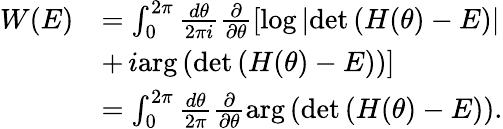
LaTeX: \begin{array}{rl}{W(E)}&{=\int_{0}^{2\pi}\frac{d\theta}{2\pi i}\frac{\partial}{\partial\theta}\left[\log\left|\operatorname*{det}\left(H(\theta)-E\right)\right|\right.}\\ &{+\left.i\mathrm{arg}\left(\operatorname*{det}\left(H(\theta)-E\right)\right)\right]}\\ &{=\int_{0}^{2\pi}\frac{d\theta}{2\pi}\frac{\partial}{\partial\theta}\mathrm{arg}\left(\operatorname*{det}\left(H(\theta)-E\right)\right).}\end{array}